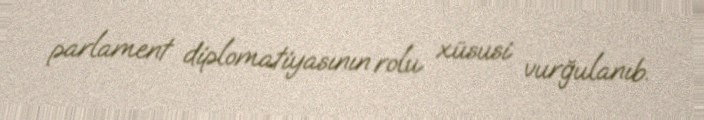
parlament diplomatiyasının rolu xüsusi vurğulanıb.